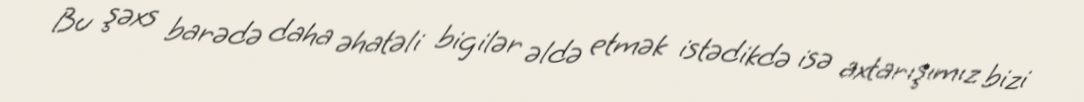
Bu şəxs barədə daha əhatəli bigilər əldə etmək istədikdə isə axtarışımız bizi